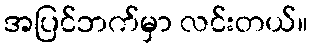
အပြင်ဘက်မှာ လင်းတယ်။